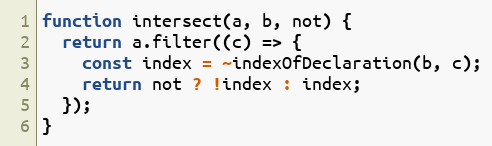
Language: JavaScript
function intersect(a, b, not) {
  return a.filter((c) => {
    const index = ~indexOfDeclaration(b, c);
    return not ? !index : index;
  });
}